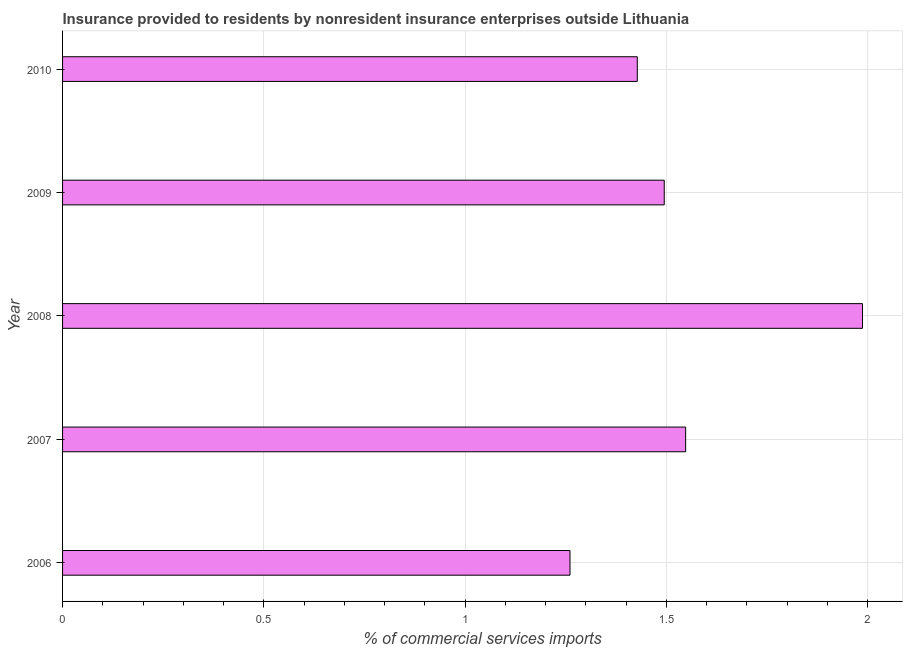
| Year | Insurance provided by non-residents |
 | --- | --- |
 | 2006 | 1.26 |
 | 2007 | 1.55 |
 | 2008 | 1.99 |
 | 2009 | 1.49 |
 | 2010 | 1.43 |